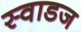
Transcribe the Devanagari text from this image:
स्वाडज